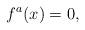
LaTeX: \begin{align*}f^a(x)=0,\end{align*}